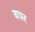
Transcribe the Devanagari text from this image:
वपर